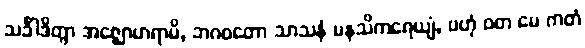
သင်္ခါဒိတွာ အဇ္ဈောဟရာမိ, ဘဂဝတော သာသနံ မနသိကရေယျံ, ဗဟုံ ဝတ မေ ကတံ